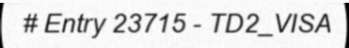
# Entry 23715 - TD2_VISA